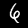
Digit: 6